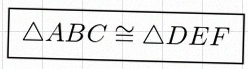
\triangle ABC\cong\triangle DEF